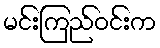
မင်းကြည်ဝင်းက